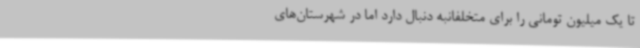
تا یک میلیون تومانی را برای متخلفانبه دنبال دارد اما در شهرستان‌های